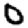
Digit: 0